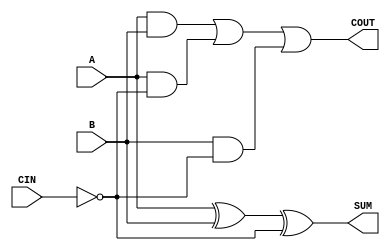
module sky130_fd_sc_hd__fahcin (
    COUT,
    SUM ,
    A   ,
    B   ,
    CIN
);

    // Module ports
    output COUT;
    output SUM ;
    input  A   ;
    input  B   ;
    input  CIN ;

    // Local signals
    wire ci          ;
    wire xor0_out_SUM;
    wire a_b         ;
    wire a_ci        ;
    wire b_ci        ;
    wire or0_out_COUT;

    //  Name  Output        Other arguments
    not not0 (ci          , CIN            );
    xor xor0 (xor0_out_SUM, A, B, ci       );
    buf buf0 (SUM         , xor0_out_SUM   );
    and and0 (a_b         , A, B           );
    and and1 (a_ci        , A, ci          );
    and and2 (b_ci        , B, ci          );
    or  or0  (or0_out_COUT, a_b, a_ci, b_ci);
    buf buf1 (COUT        , or0_out_COUT   );

endmodule